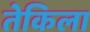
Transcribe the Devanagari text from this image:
तेकिला